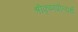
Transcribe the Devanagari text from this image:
श्रीकृष्णप्रीत्यर्थे